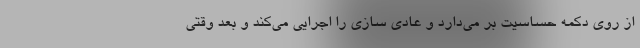
از روی دکمه حساسیت بر می‌دارد و عادی سازی را اجرایی می‌کند و بعد وقتی